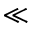
\ll